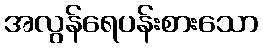
အလွန်ရေပန်းစားသော